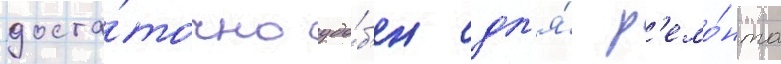
доста́точно удо́б'ен дл'я́ р'емо́нта